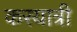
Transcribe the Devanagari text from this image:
करयात्री